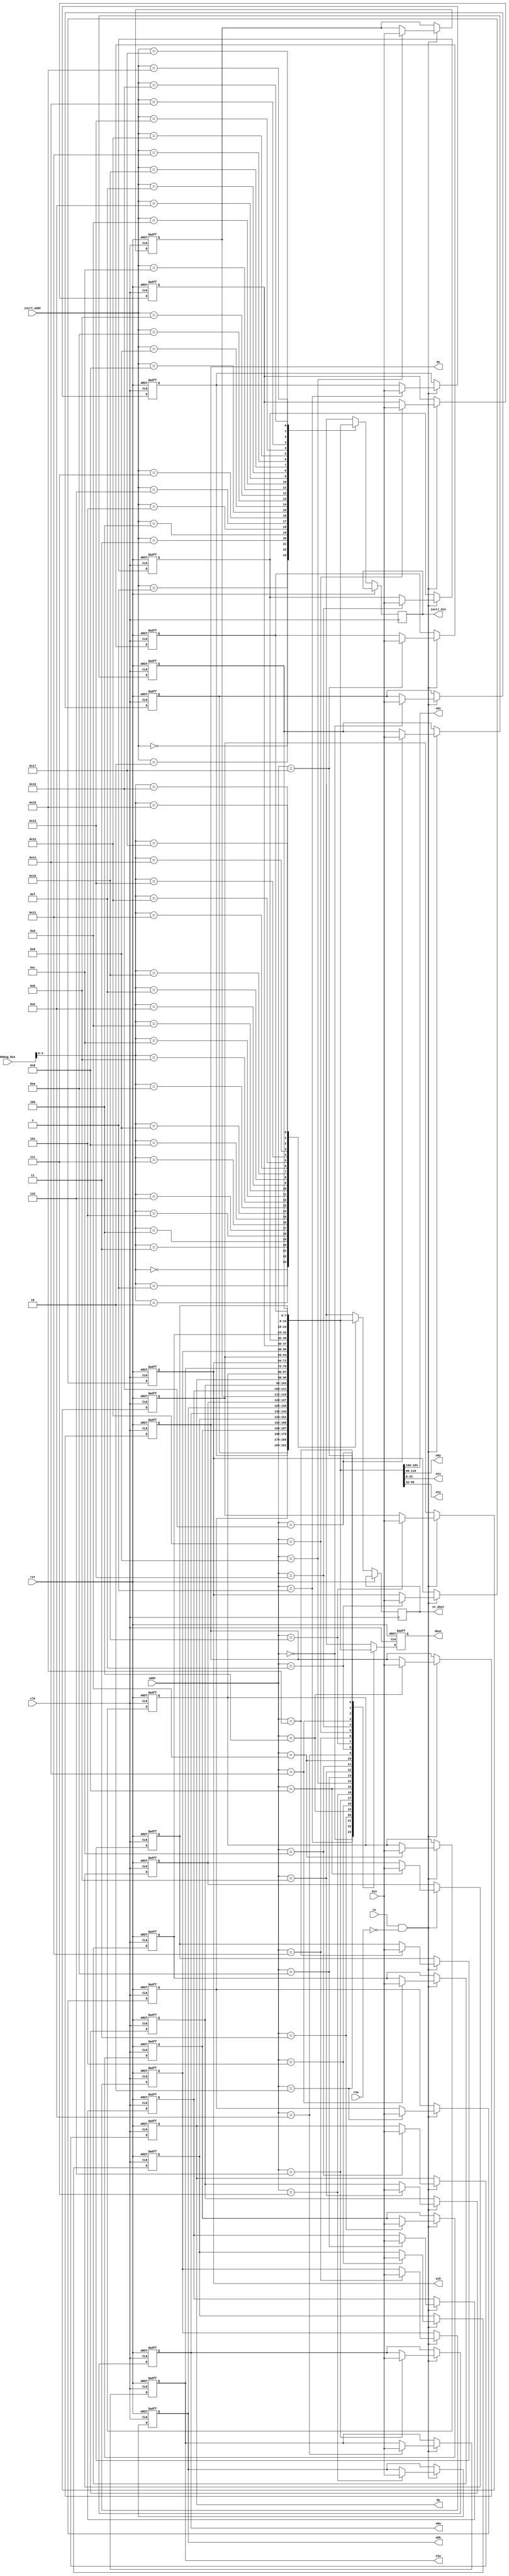
// This program was cloned from: https://github.com/MiSTeX-devel/MiSTeX-ports
// License: BSD 3-Clause "New" or "Revised" License

/*  This file is part of JTCORES.
    JTCORES program is free software: you can redistribute it and/or modify
    it under the terms of the GNU General Public License as published by
    the Free Software Foundation, either version 3 of the License, or
    (at your option) any later version.

    JTCORES program is distributed in the hope that it will be useful,
    but WITHOUT ANY WARRANTY; without even the implied warranty of
    MERCHANTABILITY or FITNESS FOR A PARTICULAR PURPOSE.  See the
    GNU General Public License for more details.

    You should have received a copy of the GNU General Public License
    along with JTCORES.  If not, see <http://www.gnu.org/licenses/>.

    Author: Jose Tejada Gomez. Twitter: @topapate
    Version: 1.0
    Date: 20-10-2023 */

module jtk054000_mmr(
    input             rst,
    input             clk,

    input             cs,
    input       [4:0] addr,
    input             rnw,
    input       [7:0] din, 
    output reg  [7:0] dout,
    
    output    [7:0] dx,
    output    [23:0] o0x,
    output    [7:0] o0w,
    output    [7:0] o0h,
    output    [7:0] dy,
    output    [23:0] o0y,
    output    [23:0] o1x,
    output    [7:0] o1w,
    output    [7:0] o1h,
    output    [23:0] o1y,

    // IOCTL dump
    input      [4:0] ioctl_addr,
    output reg [7:0] ioctl_din,
    // Debug
    input      [7:0] debug_bus,
    output reg [7:0] st_dout
);

parameter SIMFILE="rest.bin",
          SEEK=0;

localparam SIZE=24;

reg  [ 7:0] mmr[0:SIZE-1];
integer     i;

assign dx = { 
    mmr[4][7:0], {0{1'b0}}  // finish off without a comma
    };

assign o0x = { 
    mmr[1][7:0],
    mmr[2][7:0],
    mmr[3][7:0], {0{1'b0}}  // finish off without a comma
    };

assign o0w = { 
    mmr[6][7:0], {0{1'b0}}  // finish off without a comma
    };

assign o0h = { 
    mmr[7][7:0], {0{1'b0}}  // finish off without a comma
    };

assign dy = { 
    mmr[12][7:0], {0{1'b0}}  // finish off without a comma
    };

assign o0y = { 
    mmr[9][7:0],
    mmr[10][7:0],
    mmr[11][7:0], {0{1'b0}}  // finish off without a comma
    };

assign o1x = { 
    mmr[21][7:0],
    mmr[22][7:0],
    mmr[23][7:0], {0{1'b0}}  // finish off without a comma
    };

assign o1w = { 
    mmr[14][7:0], {0{1'b0}}  // finish off without a comma
    };

assign o1h = { 
    mmr[15][7:0], {0{1'b0}}  // finish off without a comma
    };

assign o1y = { 
    mmr[17][7:0],
    mmr[18][7:0],
    mmr[19][7:0], {0{1'b0}}  // finish off without a comma
    };


always @(posedge clk, posedge rst) begin
    if( rst ) begin
    `ifndef SIMULATION
        // no mechanism for default values yet
        mmr[0] <= 0;
        mmr[1] <= 0;
        mmr[2] <= 0;
        mmr[3] <= 0;
        mmr[4] <= 0;
        mmr[5] <= 0;
        mmr[6] <= 0;
        mmr[7] <= 0;
        mmr[8] <= 0;
        mmr[9] <= 0;
        mmr[10] <= 0;
        mmr[11] <= 0;
        mmr[12] <= 0;
        mmr[13] <= 0;
        mmr[14] <= 0;
        mmr[15] <= 0;
        mmr[16] <= 0;
        mmr[17] <= 0;
        mmr[18] <= 0;
        mmr[19] <= 0;
        mmr[20] <= 0;
        mmr[21] <= 0;
        mmr[22] <= 0;
        mmr[23] <= 0;
    `else
        for(i=0;i<SIZE;i++) mmr[i] <= mmr_init[i];
    `endif 
    dout <= 0;
    end else begin
        dout      <= mmr[addr];
        st_dout   <= mmr[debug_bus[4:0]];
        ioctl_din <= mmr[ioctl_addr];
        if( cs & ~rnw ) begin
            mmr[addr]<=din;
        end
    end
end

`ifdef SIMULATION
/* verilator tracing_off */
integer f, fcnt, err;
reg [7:0] mmr_init[0:SIZE-1];
initial begin
    f=$fopen(SIMFILE,"rb");
    err=$fseek(f,SEEK,0);
    if( f!=0 && err!=0 ) begin
        $display("Cannot seek file rest.bin to offset 0x%0X (%0d)",SEEK,SEEK);
    end
    if( f!=0 ) begin
        fcnt=$fread(mmr_init,f);
        $display("MMR %m - read %0d bytes from offset %0d",fcnt,SEEK);
        if( fcnt!=SIZE ) begin
            $display("WARNING: Missing %d bytes for %m.mmr",SIZE-fcnt);
        end else begin
            $display("\tdx = %X",{  mmr[4][7:0],{0{1'b0}}});
            $display("\to0x = %X",{  mmr[1][7:0], mmr[2][7:0], mmr[3][7:0],{0{1'b0}}});
            $display("\to0w = %X",{  mmr[6][7:0],{0{1'b0}}});
            $display("\to0h = %X",{  mmr[7][7:0],{0{1'b0}}});
            $display("\tdy = %X",{  mmr[12][7:0],{0{1'b0}}});
            $display("\to0y = %X",{  mmr[9][7:0], mmr[10][7:0], mmr[11][7:0],{0{1'b0}}});
            $display("\to1x = %X",{  mmr[21][7:0], mmr[22][7:0], mmr[23][7:0],{0{1'b0}}});
            $display("\to1w = %X",{  mmr[14][7:0],{0{1'b0}}});
            $display("\to1h = %X",{  mmr[15][7:0],{0{1'b0}}});
            $display("\to1y = %X",{  mmr[17][7:0], mmr[18][7:0], mmr[19][7:0],{0{1'b0}}});
        end
    end
    $fclose(f);
end
`endif

endmodule